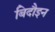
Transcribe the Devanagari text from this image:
बिदौइन